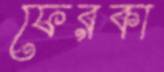
ফেরকা